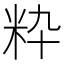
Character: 粋